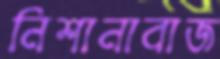
নিশানাবাজ